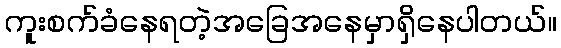
ကူးစက်ခံနေရတဲ့အခြေအနေမှာရှိနေပါတယ်။